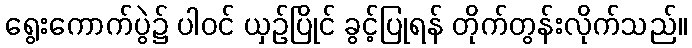
ရွေးကောက်ပွဲ၌ ပါဝင် ယှဉ်ပြိုင် ခွင့်ပြုရန် တိုက်တွန်းလိုက်သည်။